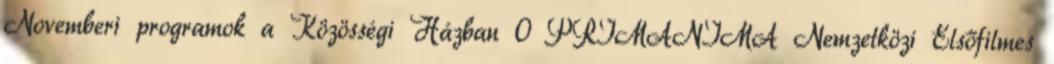
Novemberi programok a Közösségi Házban 0 PRIMANIMA Nemzetközi Elsőfilmes